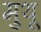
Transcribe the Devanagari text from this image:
मुथू